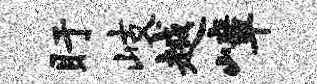
盱岐越嶂